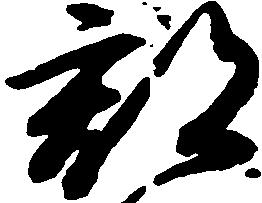
郡